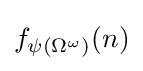
f_{\psi (\Omega ^{\omega })}(n)